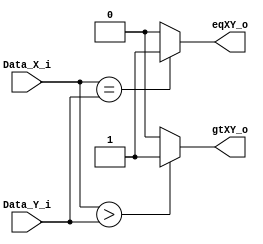
`timescale 1ns / 1ps
//////////////////////////////////////////////////////////////////////////////////
// Company: 
// Engineer: 
// 
// Design Name: 
// Module Name: Comparator
// Project Name: 
// Target Devices: 
// Tool Versions: 
// Description: 
// 
// Dependencies: 
// 
// Revision:
// Revision 0.01 - File Created
// Additional Comments:
// 
//////////////////////////////////////////////////////////////////////////////////


module Comparator
    # (parameter W = 8) //Ignore this value, just for reference on the instantiation
    (
    input wire [W-1:0] Data_X_i,
    input wire [W-1:0] Data_Y_i,
    output wire gtXY_o,
    output wire eqXY_o
    );
    
    assign gtXY_o = (Data_X_i > Data_Y_i) ? 1'b1 : 1'b0;
    assign eqXY_o = (Data_X_i == Data_Y_i) ? 1'b1 : 1'b0;
    
endmodule